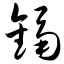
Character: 镉